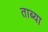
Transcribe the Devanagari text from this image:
ताब्या